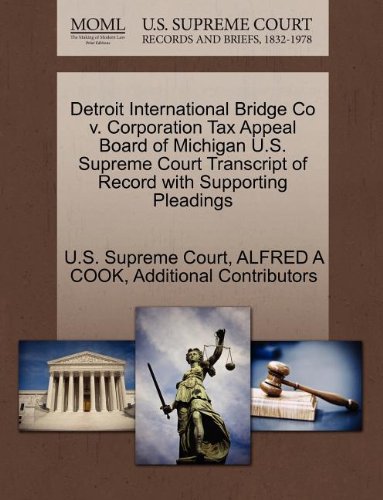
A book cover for Detroit International Bridge Co v. Corporation Tax Appeal Board of Michigan U.S. Supreme Court Transcript of Record with Supporting Pleadings; ALFRED A COOK; Law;